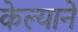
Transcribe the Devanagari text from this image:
केल्यानें